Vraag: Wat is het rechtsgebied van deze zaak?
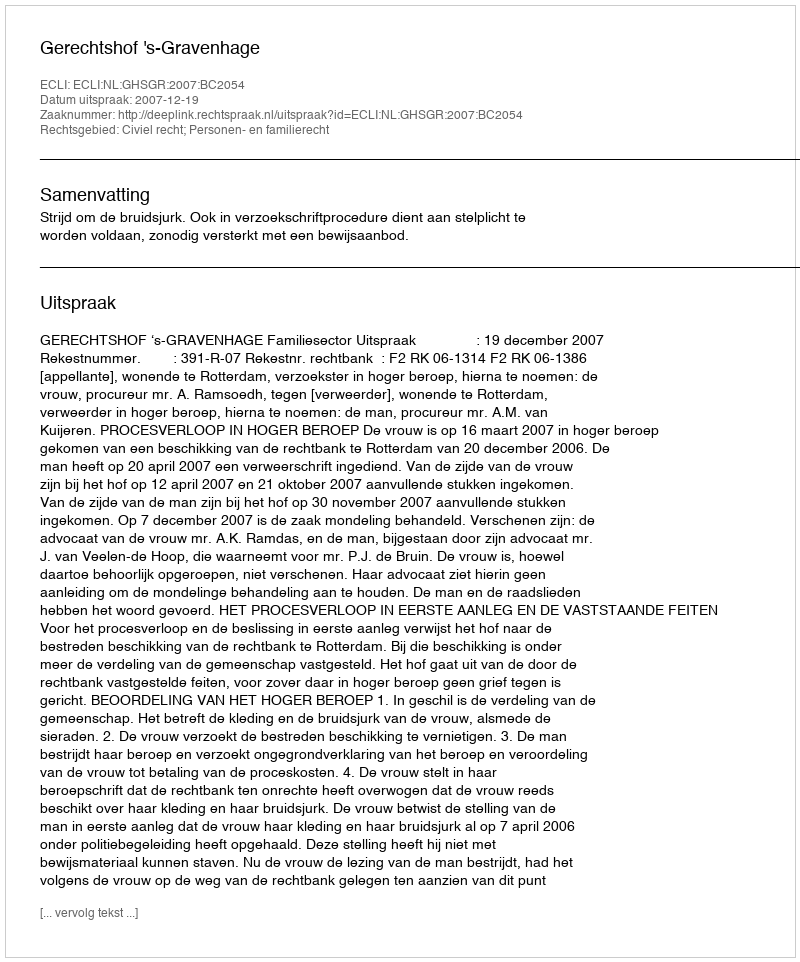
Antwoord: Civiel recht; Personen- en familierecht